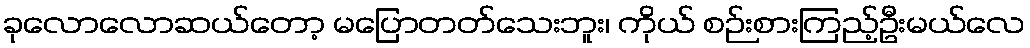
ခုလောလောဆယ်တော့ မပြောတတ်သေးဘူး၊ ကိုယ် စဉ်းစားကြည့်ဦးမယ်လေ